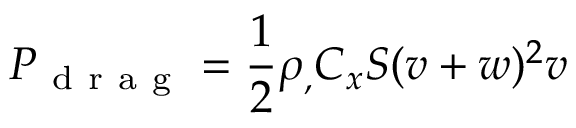
P _ { \mathrm { ~ d ~ r ~ a ~ g ~ } } = \frac { 1 } { 2 } \rho _ { , } C _ { x } S ( v + w ) ^ { 2 } v